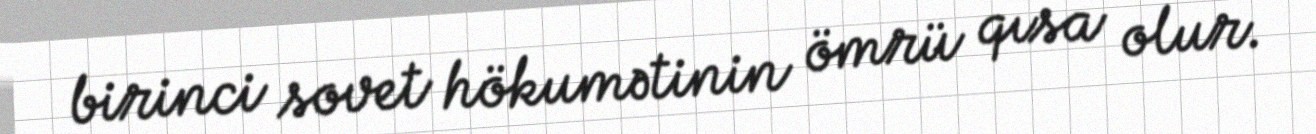
birinci sovet hökumətinin ömrü qısa olur.